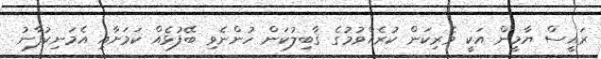
ރައީސް ޔާމީން އަކީ ވެރިކަން ކުރެއްވުމުގެ ޤާބިލުކަން ހުންނެވި ބޭފުޅެއް ކަމަށާއި އެމަނިކުފާނު